Tartu_Muinsuskaitse_Uhendus, lk 8
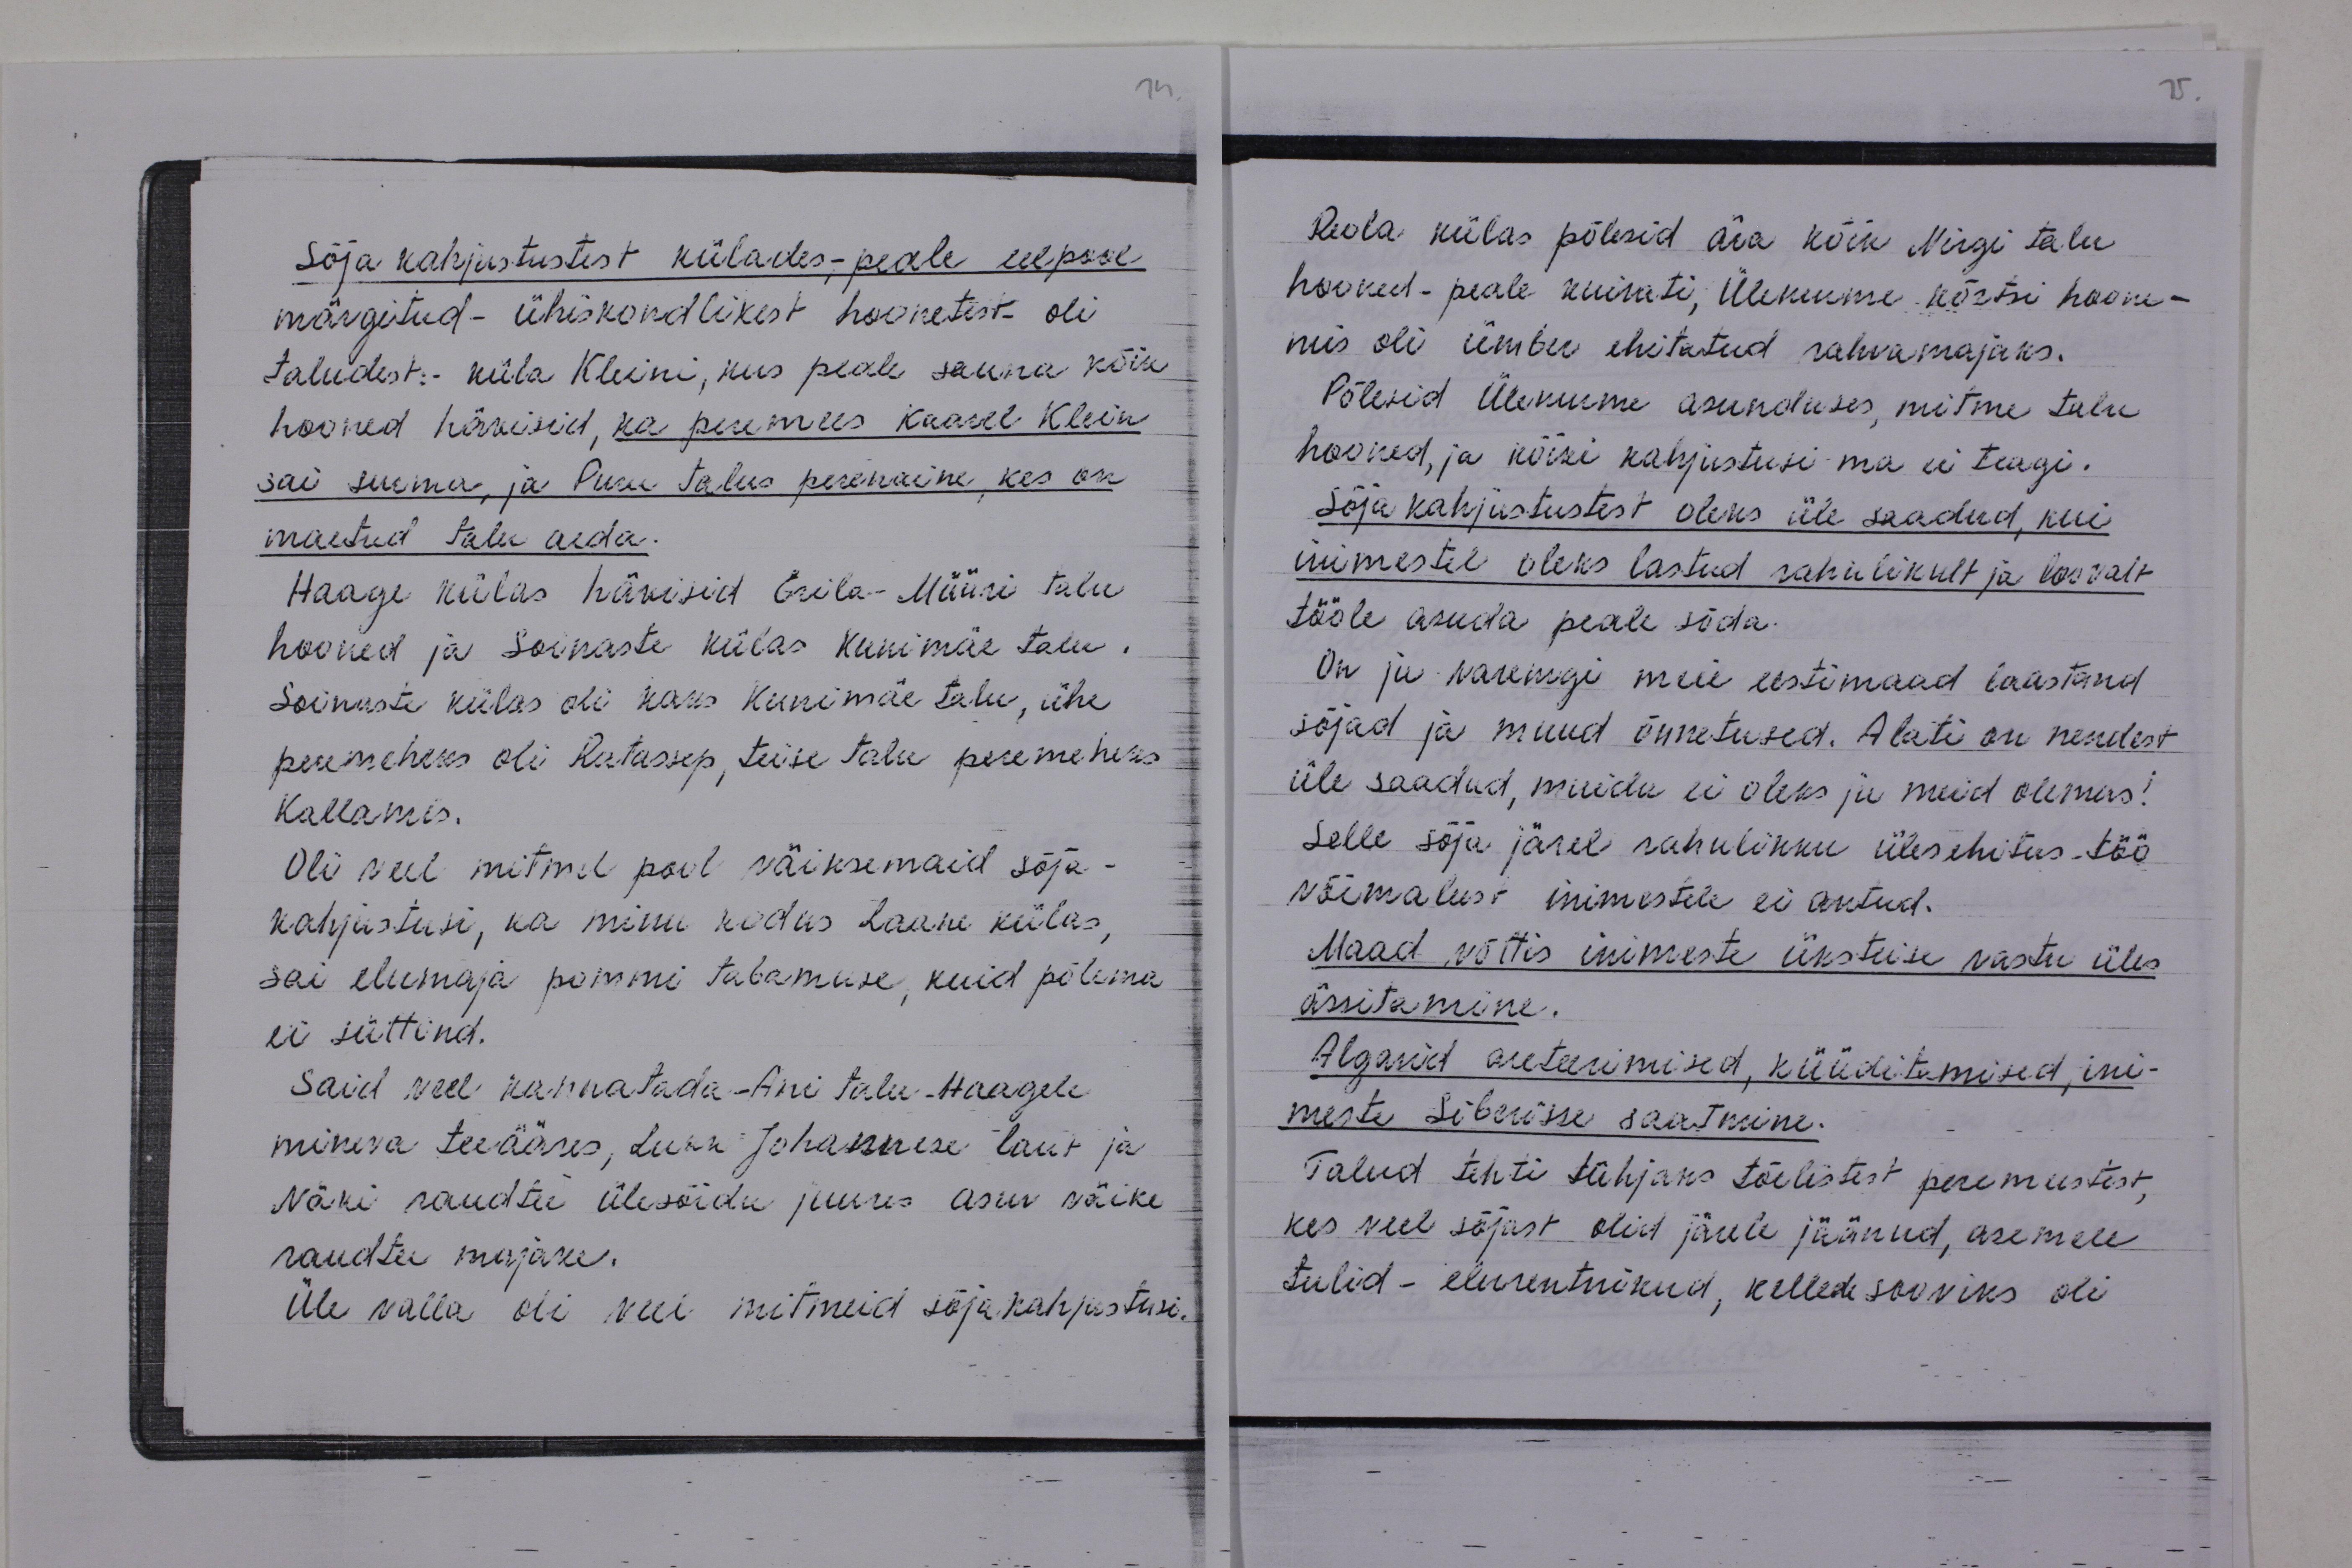
Sõja kahjustustest külades; peale eelpool
märgitud - ühiskondlikest hoonetest oli
taludest: küla Kleini, kus peale sauna kõik
hooned hävisid, ka peremees Kaarel Klein
sai surma ja Puru talus perenaine, kes on
maetud talu aida.
Haage külas hävisid Erila-Müüri talu
hooned ja Soinaste külas Kunimäe talu.
Soinaste külas oli kaks Kunimäe talu, ühe
peremeheks oli Ratassep, teise talu peremeheks
Kallamis.
Oli veel mitmel pool väiksemaid sõja-
kahjustusi, ka minu kodus Laane külas,
sai elumaja pommi tabamuse, kuid põlema
ei süttind.
Said veel kannatada - Ani talu Haagele
mineva teeääres, Luka Johannese laut ja
Näki raudtee ülesõidu juures asuv väike
raudtee majake.
Üle valla oli veel mitmeid sõjakahjustusi.

Reola külas põlesid ära kõik Nirgi talu
hooned - peale kuivati, Ülenurme kõrtsi hoone-
mis oli ümber ehitatud rahvamajaks.
Põlesid Ülenurme asunduses, mitme talu
hooned, ja kõiki kahjustusi ma ei teagi.
Sõja kahjustustest oleks üle saadud, kui
inimestel oleks lastud rahulikult ja loovalt
tööle asuda peale sõda.
On ju varemgi meie eestimaad laastand
sõjad ja muud õnnetused. Alati on nendest
üle saadud, muidu ei oleks ju meid olemas!
Selle sõja järel rahulikku ülesehitus töö
võimalust inimestele ei antud.
Maad võttis inimeste üksteise vastu üles
ässitamine.
Algasid areteerimised, küüditamised, ini-
meste Siberisse saatmine.
Talud tehti tühjaks tõelistest peremeestest,
kes veel sõjast olid järele jäänud, asemele
tulid - elurentnikud, kellede sooviks oli